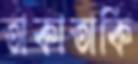
তাকাতাকি